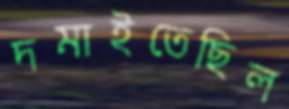
দমাইতেছিল